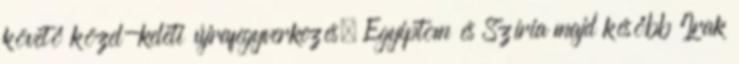
követő közel-keleti újrafegyverkezés. Egyiptom és Szíria majd később Irak